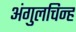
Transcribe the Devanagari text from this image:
अंगुलचिन्ह